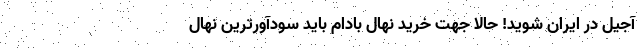
آجیل در ایران شوید! حالا جهت خرید نهال بادام باید سودآورترین نهال